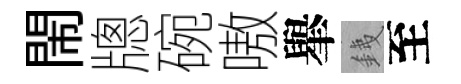
閙牕碗嗷𦦙銕至